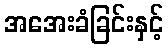
အအေးခံခြင်းနှင့်